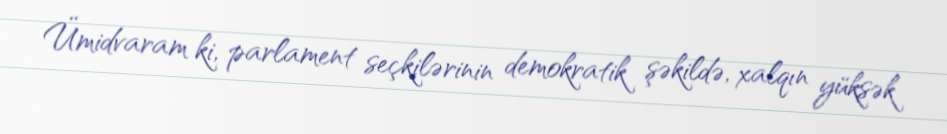
Ümidvaram ki, parlament seçkilərinin demokratik şəkildə, xalqın yüksək